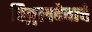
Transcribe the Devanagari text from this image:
विठ्ठलदेवाचे